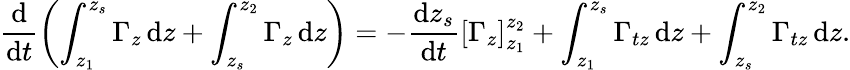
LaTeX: \frac{\mathrm{d}}{\mathrm{d}t}\left(\int_{z_{1}}^{z_{s}}\Gamma_{z}\, \mathrm{d}z+\int_{z_{s}}^{z_{2}}\Gamma_{z}\, \mathrm{d}z\right)=-\frac{\mathrm{d}z_{s}}{\mathrm{d}t}\left[\Gamma_{z}\right]_{z_{1}}^{z_{2}}+\int_{z_{1}}^{z_{s}}\Gamma_{tz}\, \mathrm{d}z+\int_{z_{s}}^{z_{2}}\Gamma_{tz}\, \mathrm{d}z.